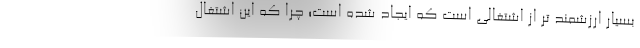
بسیار ارزشمند تر از اشتغالی است که ایجاد شده است؛ چرا که این اشتغال